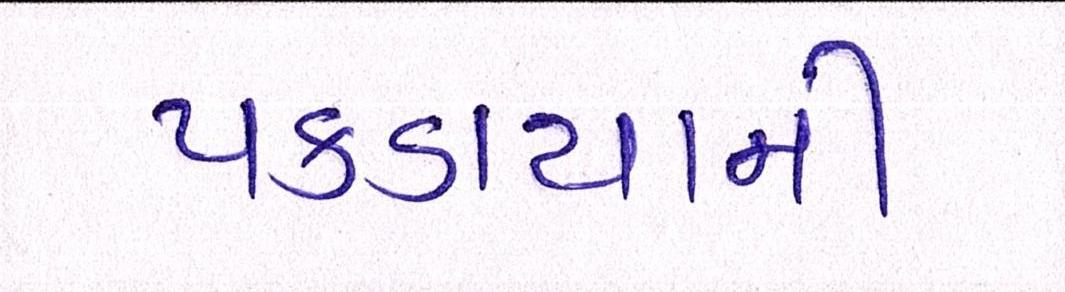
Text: પકડાયાની